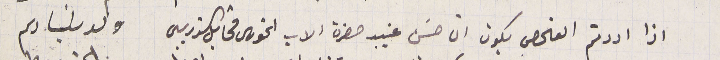
اذا اردتم الفحص يكون ان حسَن غيب حضرة الاب الخورى مخايل الذريبي                                           ولد سَيادىم